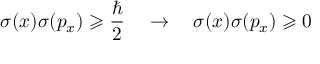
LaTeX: \sigma ( x ) \sigma ( p _ { x } ) \geqslant { \frac { \hbar } { 2 } } \quad \rightarrow \quad \sigma ( x ) \sigma ( p _ { x } ) \geqslant 0 \,